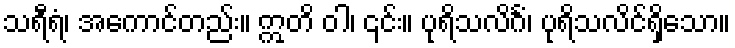
သရီရံ၊ အကောင်တည်း။ ဣတိ ဝါ၊ ၎င်း။ ပုရိသလိင်္ဂံ၊ ပုရိသလိင်ရှိသော။